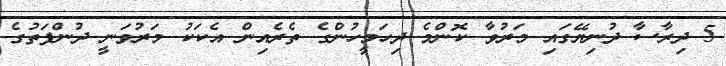
5 ދިރާސާ ދުނިޔޭގައި މަރުވާ ކޮންމެ ދިހަމީހުންގެ ތެރެއިން އެކަކު މަރުވަނީ ދުންފަތުގެ